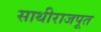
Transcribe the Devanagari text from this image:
साथीराजपूत